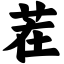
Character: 茬